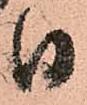
日